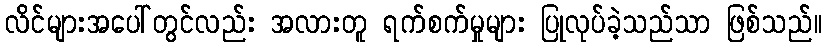
လိင်များအပေါ်တွင်လည်း အလားတူ ရက်စက်မှုများ ပြုလုပ်ခဲ့သည်သာ ဖြစ်သည်။